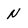
Character: N